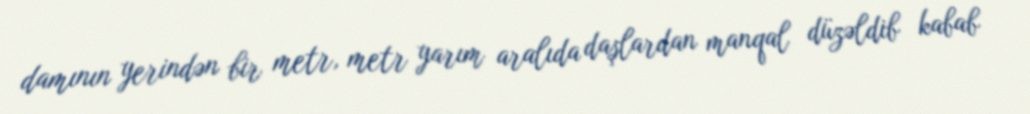
damının yerindən bir metr, metr yarım aralıda daşlardan manqal düzəldib kabab